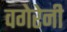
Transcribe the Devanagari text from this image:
वगेरेनी